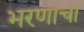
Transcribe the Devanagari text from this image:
भरणाचा